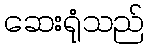
ဆေးရုံသည်